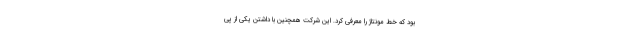
بود که خط مونتاژ را معرفی کرد. این شرکت همچنین با داشتن یکی از پی